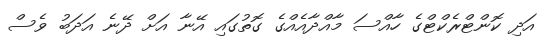
އަދި ކޮންޓްރެކްޓްގެ ހާއްސަ މާއްދާއެއްްގެ ގޮތުގައި އޭނާ އަށް ދޭނެ އަދަބު ވެސް